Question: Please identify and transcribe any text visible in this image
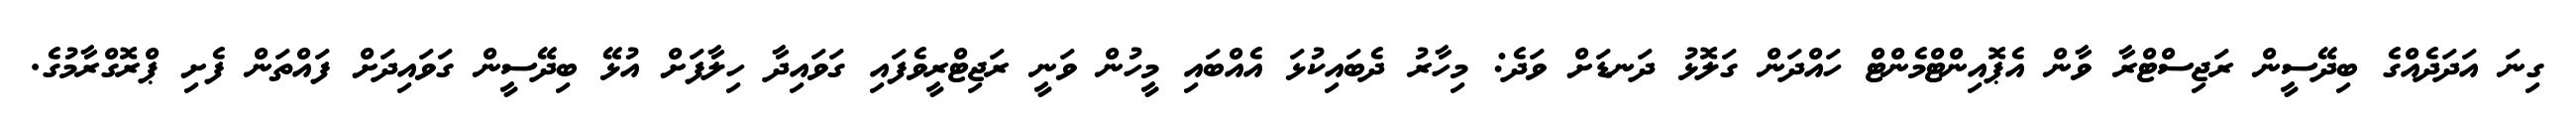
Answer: ގިނަ އަދަދެއްގެ ބިދޭސީން ރަޖިސްޓްރާ ވާން އެޕޮއިންޓްމެންޓް ހައްދަން ގަލޮޅު ދަނޑަށް ވަދެ: މިހާރު ދެބައިކުޅަ އެއްބައި މީހުން ވަނީ ރަޖިޓްރީވެފައި ގަވައިދާ ހިލާފަށް އުޅޭ ބިދޭސީން ގަވައިދަށް ފައްތަން ފެށި ޕްރޮގްރާމުގެ.